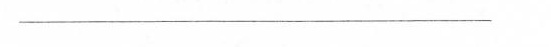
——————